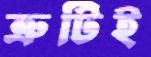
ত্রুটিই